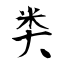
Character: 类